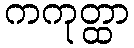
ကကုတ္ထာ